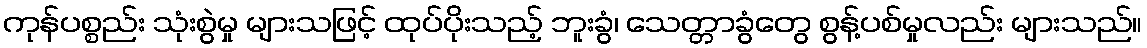
ကုန်ပစ္စည်း သုံးစွဲမှု များသဖြင့် ထုပ်ပိုးသည့် ဘူးခွံ၊ သေတ္တာခွံတွေ စွန့်ပစ်မှုလည်း များသည်။